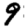
Digit: 9